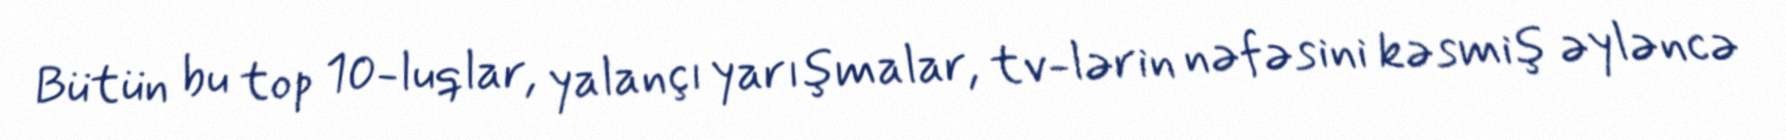
Bütün bu top 10-luqlar, yalançı yarışmalar, tv-lərin nəfəsini kəsmiş əyləncə